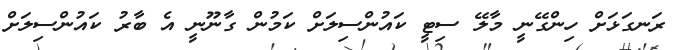
ރަނގަޅަށް ހިންގޭނީ މާލޭ ސިޓީ ކައުންސިލަށް ކަމުން ގާނޫނީ އެ ބާރު ކައުންސިލަށް